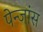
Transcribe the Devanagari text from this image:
पेन्जांस